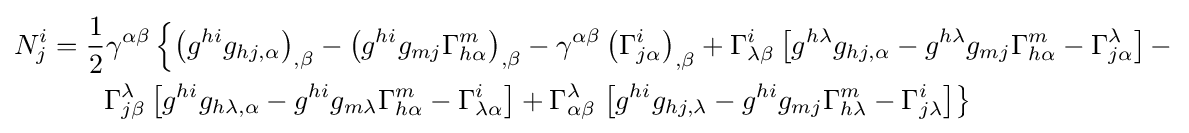
{\begin{aligned}N_{j}^{i}&={\frac {1}{2}}\gamma ^{\alpha \beta }\left\{\left(g^{hi}g_{hj,\alpha }\right)_{,\beta }-\left(g^{hi}g_{mj}\Gamma _{h\alpha }^{m}\right)_{,\beta }-\gamma ^{\alpha \beta }\left(\Gamma _{j\alpha }^{i}\right)_{,\beta }+\Gamma _{\lambda \beta }^{i}\left[g^{h\lambda }g_{hj,\alpha }-g^{h\lambda }g_{mj}\Gamma _{h\alpha }^{m}-\Gamma _{j\alpha }^{\lambda }\right]-\right.\\&\qquad \Gamma _{j\beta }^{\lambda }\left[g^{hi}g_{h\lambda ,\alpha }-g^{hi}g_{m\lambda }\Gamma _{h\alpha }^{m}-\Gamma _{\lambda \alpha }^{i}\right]+\Gamma _{\alpha \beta }^{\lambda }\left.\left[g^{hi}g_{hj,\lambda }-g^{hi}g_{mj}\Gamma _{h\lambda }^{m}-\Gamma _{j\lambda }^{i}\right]\right\}\end{aligned}}